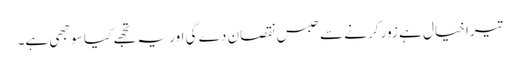
تیرا خیال ہے زور کرنے سے حبس نقصان دے گی اور یہ تجھے کیا سوجھی ہے۔